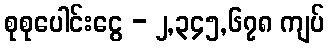
စုစုပေါင်းငွေ - ၂,၃၄၅,၆၇၈ ကျပ်